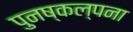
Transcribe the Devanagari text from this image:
पुनष्कल्पना